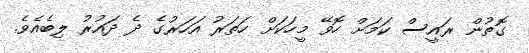
ގޮތުން ރައީސް ކަމަށް ހޮވޭ މީހަކަށް ހަތަރު އަހަރުގެ ދެ ދައުރު ލިބެއެވެ.